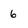
Character: 6